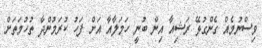
ވިސްނުމެއް ގެންގުޅޭ ރަޝިއާ އިން ބުނީ ހަމަލާއާ އަށް ފަހު ކުރަމުންދާ ތުހުމަތަށް